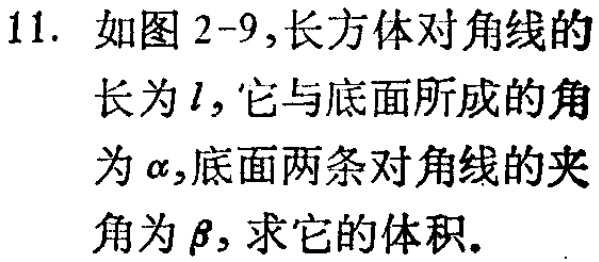
11. 如图2-9,长方体对角线的长为\(l\)，它与底面所成的角为\(\alpha\),底面两条对角线的夹角为\(\beta\)，求它的体积。